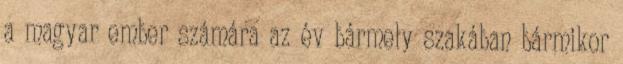
a magyar ember számára az év bármely szakában bármikor